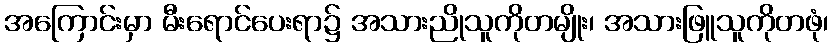
အကြောင်းမှာ မီးရောင်ပေးရာ၌ အသားညိုသူကိုတမျိုး၊ အသားဖြူသူကိုတဖုံ၊